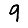
Digit: 9